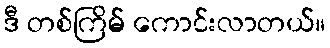
ဒီ တစ်ကြိမ် ကောင်းလာတယ်။